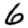
Digit: 6